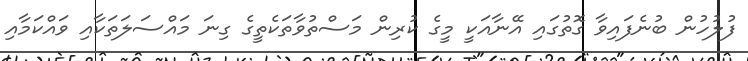
ފުލުހުން ބުނެފައިވާ ގޮތުގައި އޭނާއަކީ މީގެ ކުރިން މަސްތުވާތަކެތީގެ ގިނަ މައްސަލަތަކާއި ވައްކަމާއި